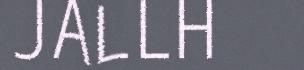
JALLH